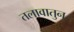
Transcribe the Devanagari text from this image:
तलावातुन